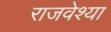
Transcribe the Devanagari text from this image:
राजवेश्या